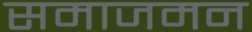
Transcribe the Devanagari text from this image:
समाजमन